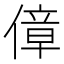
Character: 傽